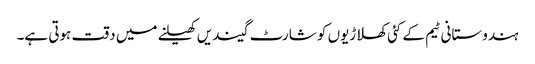
ہندوستانی ٹیم کے کئی کھلاڑیوں کو شارٹ گیندیں کھیلنے میں دقت ہوتی ہے۔